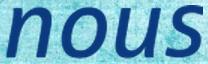
nous